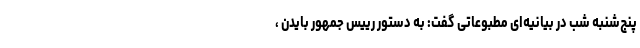
پنج‌شنبه شب در بیانیه‌ای مطبوعاتی گفت: به دستور رییس جمهور بایدن ،